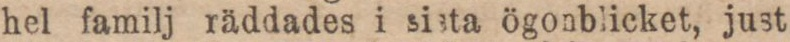
hel familj räddades i sista ögonblicket, just